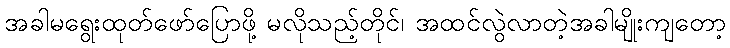
အခါမရွေးထုတ်ဖော်ပြောဖို့ မလိုသည့်တိုင်၊ အထင်လွဲလာတဲ့အခါမျိုးကျတော့